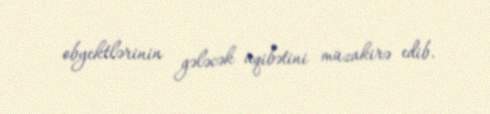
obyektlərinin gələcək aqibətini müzakirə edib.